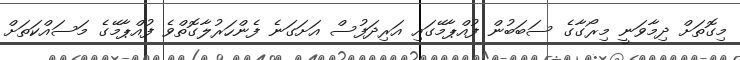
މިގޮތަށް ދިމާވަނީ މިރޯގާގެ ސަބަބުން ފުއްޕާމޭގައި އަރިދަފުސް އަށަގަނެ ފެންހަރުލާގޮތްވެ ފުއްޕާމޭގެ މަސައްކަތަށް